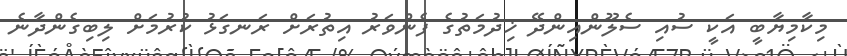
މިކާމިޔާބީ އަކީ ސުއި ސެލޫންއިންދޭ ޚިދުމަތުގެ ފެންވަރު އިތުރަށް ރަނގަޅު ކުރުމަށް ލިބިގެންދާނެ